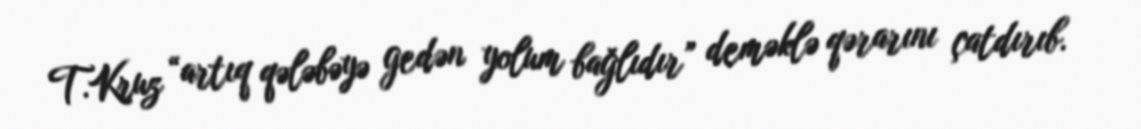
T.Kruz “artıq qələbəyə gedən yolum bağlıdır” deməklə qərarını çatdırıb.